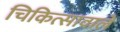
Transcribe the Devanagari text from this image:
चिकित्सावाले